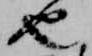
也